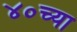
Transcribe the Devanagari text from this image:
४०च्या